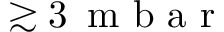
\gtrsim 3 \, \mathrm { ~ m ~ b ~ a ~ r ~ }